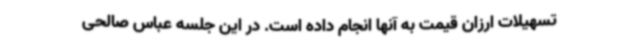
تسهیلات ارزان قیمت به آنها انجام داده است. در این جلسه عباس صالحی